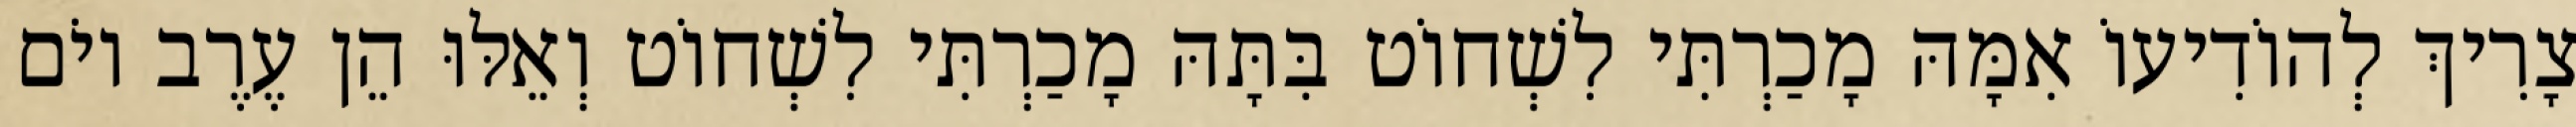
צָרִיךְ לְהוֹדִיעוֹ אִמָּהּ מָכַרְתִּי לִשְׁחוֹט בִּתָּהּ מָכַרְתִּי לִשְׁחוֹט וְאֵלּוּ הֵן עֶרֶב יוֹם